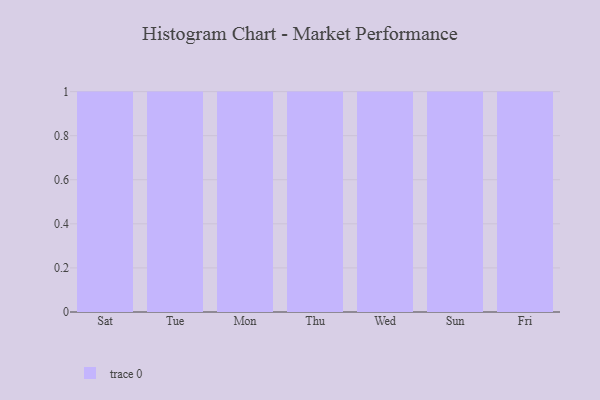
{"axis": {"x": "Day", "y": "Gross Profit (USD K)"}, "legend": [""], "data": [{"x": "Sat", "y": 55, "type": ""}, {"x": "Tue", "y": 84, "type": ""}, {"x": "Mon", "y": 49, "type": ""}, {"x": "Thu", "y": 76, "type": ""}, {"x": "Wed", "y": 57, "type": ""}, {"x": "Sun", "y": 24, "type": ""}, {"x": "Fri", "y": 19, "type": ""}]}